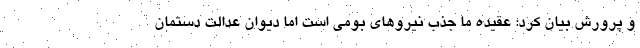
و پرورش بیان کرد: عقیده ما جذب نیروهای بومی است اما دیوان عدالت دستمان